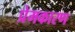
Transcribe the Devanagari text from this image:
प्रेमकारण